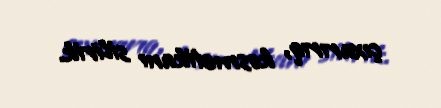
çıxarırıq, kosmetikanı silirik.